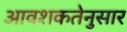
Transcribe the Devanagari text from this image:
आवशकतेनुसार